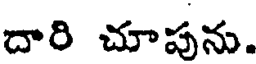
దారి చూపును.